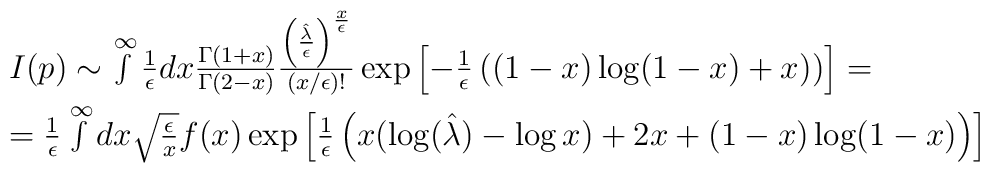
\begin{array}{l}I(p)\sim\int\limits^{\infty}{1\over\epsilon}dx{\Gamma(1+x)\over\Gamma(2-x)}{\left({{\hat\lambda}\over\epsilon}\right)^{x\over\epsilon}\over(x/\epsilon)!}\exp\left[-{1\over\epsilon}\left((1-x)\log(1-x)+x)\right)\right]=\\[5pt]={1\over\epsilon}\int\limits^{\infty}dx\sqrt{\epsilon\over x}f(x)\exp\left[{1\over\epsilon}\left(x(\log({\hat\lambda})-\log x) + 2x + (1-x)\log(1-x)\right)\right]\end{array}